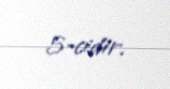
5-cidir.